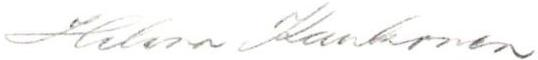
Helena Kaukonen